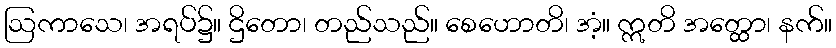
ဩကာသေ၊ အရပ်၌။ ဌိတော၊ တည်သည်။ စေဟောတိ၊ အံ့။ ဣတိ အတ္ထော၊ နက်။